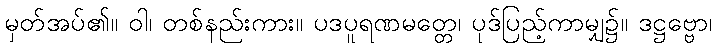
မှတ်အပ်၏။ ဝါ၊ တစ်နည်းကား။ ပဒပူရဏမတ္တေ၊ ပုဒ်ပြည့်ကာမျှ၌။ ဒဋ္ဌဗ္ဗော၊